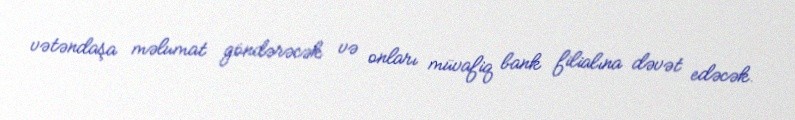
vətəndaşa məlumat göndərəcək və onları müvafiq bank filialına dəvət edəcək.